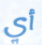
أي